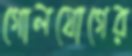
গোলযোগের